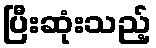
ပြီးဆုံးသည့်